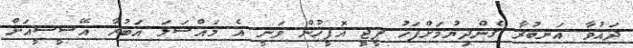
ދައުވާ އަނބުރާ ގެންދިޔުމަށްފަހު ޕީޖީ އޮފީހުން ވަނީ އެ މައްސަލަ އަބުރާ އޭސީސީއަށް